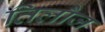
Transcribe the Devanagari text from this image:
तिलौज